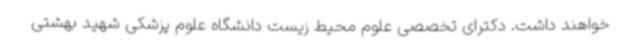
خواهند داشت. دکترای تخصصی علوم محیط زیست دانشگاه علوم پزشکی شهید بهشتی